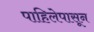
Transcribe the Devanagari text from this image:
पाहिलेपासून